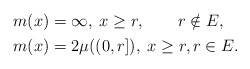
\begin{align*}\begin{aligned}&m(x)=\infty, \; x\geq r, \qquad r\notin E, \\&m(x)=2\mu((0,r]), \; x\geq r, r\in E. \end{aligned}\end{align*}